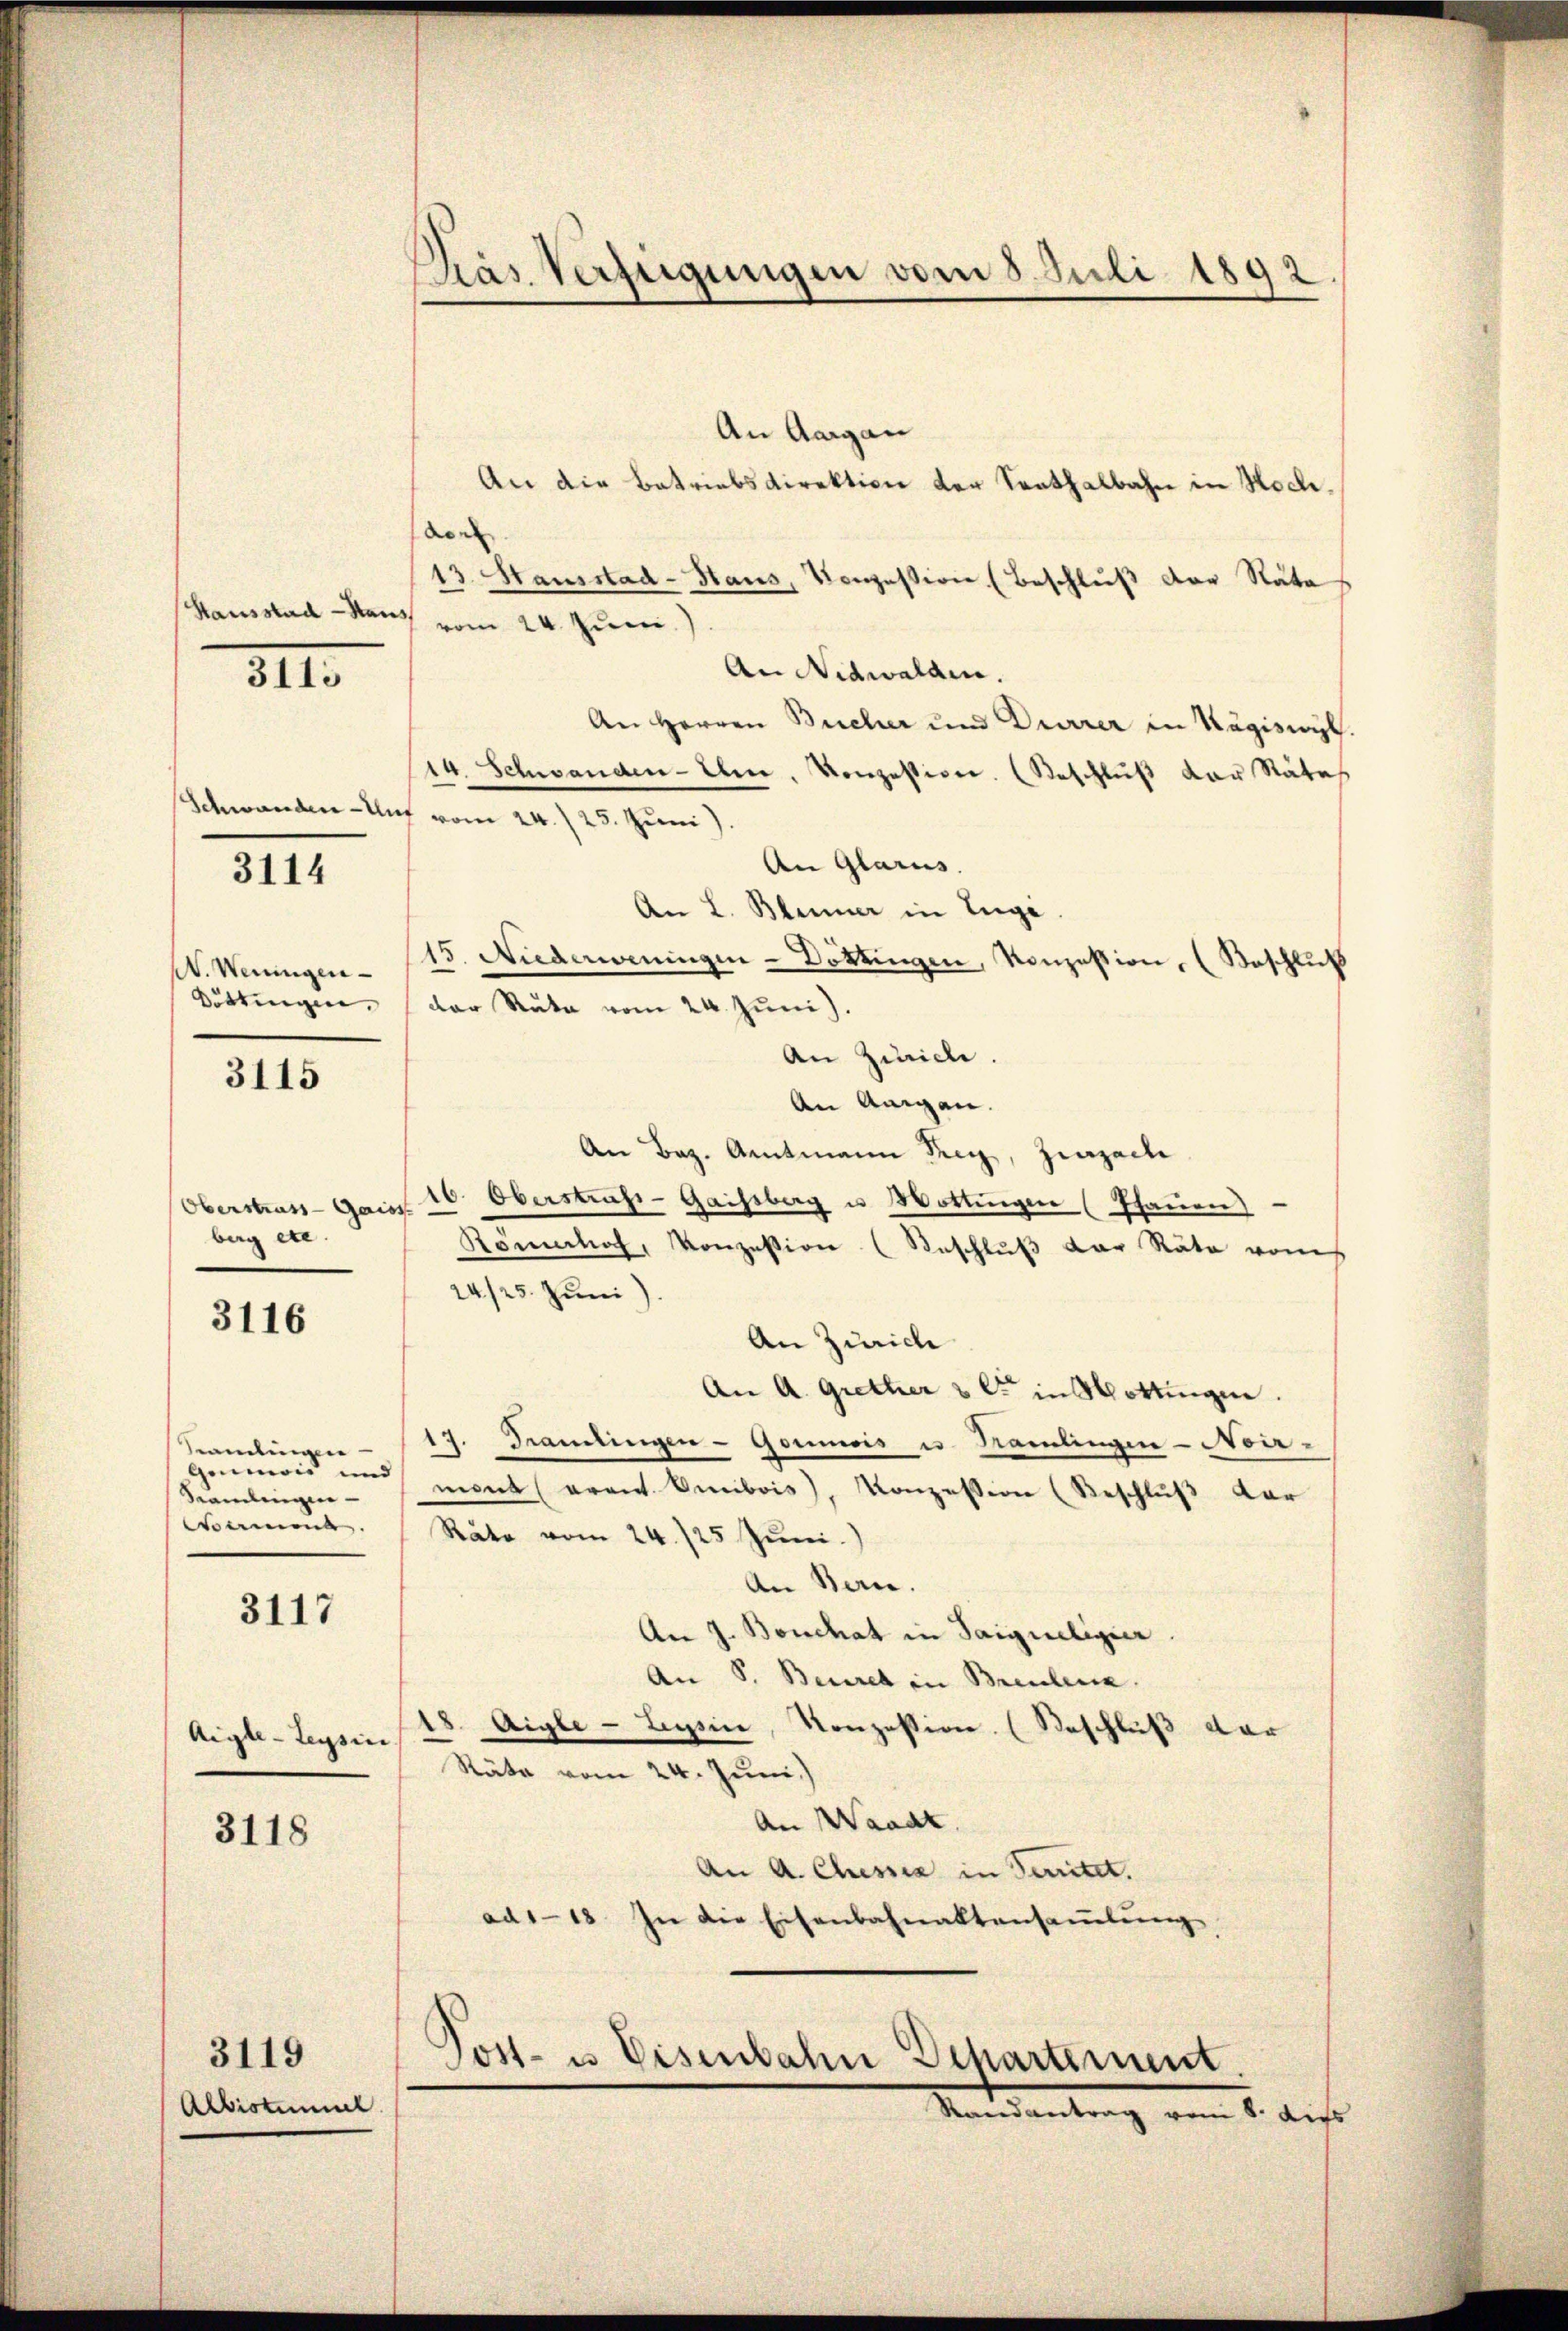
Hausstad - Haus

3113

3114

W. Weningen

3115

burg etc.

3116

Genicis und
Samlungen

3117

Aigle - Leysin

3118

Albistumiel

3119

Pras Verfügungen vom 8. Juli 1892

An Aargau
An die Betriebsdirektion der Senthalbahn in Hochdo
13. Hausstad-Haus, Konzession (Beschluß der Nata
vom 24. Juni.)
An Nidwalden.
An Herren Bucher und Dürrer in Kägiswyl.
14. Schwanden- Um, konzession. (Beschluß der Rätes
Schwanden Unz vom 24./25. Juni)
An Glarus. |
An L. Blümer in Eugi
15. Nudeanningen-Döttingen, Konzession, (Beschluß
Döttingen, der Ruta vom 24. Juni.
An Zürich.
An angen.
An Bez. Amtmann Frey, Zurzache
Oberstrass-Gares 16. Oberstrafs-Gaisberg u Hottingen (Pfauen)
Rönnhof, Konzession (Geschlŭβ der Räte vom
24/25. Juni)
An Zürich
An A. Grether & Cie in Hottingen.
Kamlingen 17. Frantingen - Goumois u. Namlingen-Noir-
mont avant Omibois, Konzession (Beschlŭβ der
Nament. (Rato vom 24./25 Juni.
An Bern.
An J. Bouchat in Saigueligier
An S. Beures in Breulena.
18. Aigle - Leysin, Konzession. (Beschluß dar
Räte vom 24. Juni.)
An Waadt.
An A. Chessia in Seitet.
ad1-13. In die Eisenbahnaltensaṁlŭng

Post- u Eisenbahn Departement
Mandantrag vom 1. bis